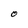
Character: O